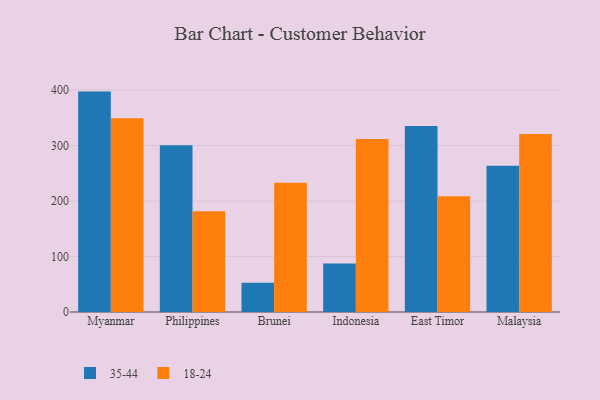
{"axis": {"x": "Country", "y": "Backlog"}, "legend": ["18-24", "35-44"], "data": [{"x": "Myanmar", "y": 397.1, "type": "35-44"}, {"x": "Myanmar", "y": 349.3, "type": "18-24"}, {"x": "Philippines", "y": 300.5, "type": "35-44"}, {"x": "Philippines", "y": 181.5, "type": "18-24"}, {"x": "Brunei", "y": 52.9, "type": "35-44"}, {"x": "Brunei", "y": 233.0, "type": "18-24"}, {"x": "Indonesia", "y": 87.5, "type": "35-44"}, {"x": "Indonesia", "y": 311.9, "type": "18-24"}, {"x": "East Timor", "y": 335.0, "type": "35-44"}, {"x": "East Timor", "y": 208.4, "type": "18-24"}, {"x": "Malaysia", "y": 263.4, "type": "35-44"}, {"x": "Malaysia", "y": 320.6, "type": "18-24"}]}